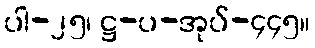
ပါ-၂၅၊ ဋ္ဌ-ပ-အုပ်-၄၄၅။